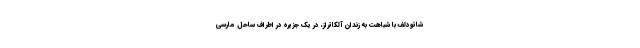
شاتودلف با شباهت به زندان آلکاتراز، در یک جزیره در اطراف ساحل مارسی